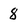
Character: 8